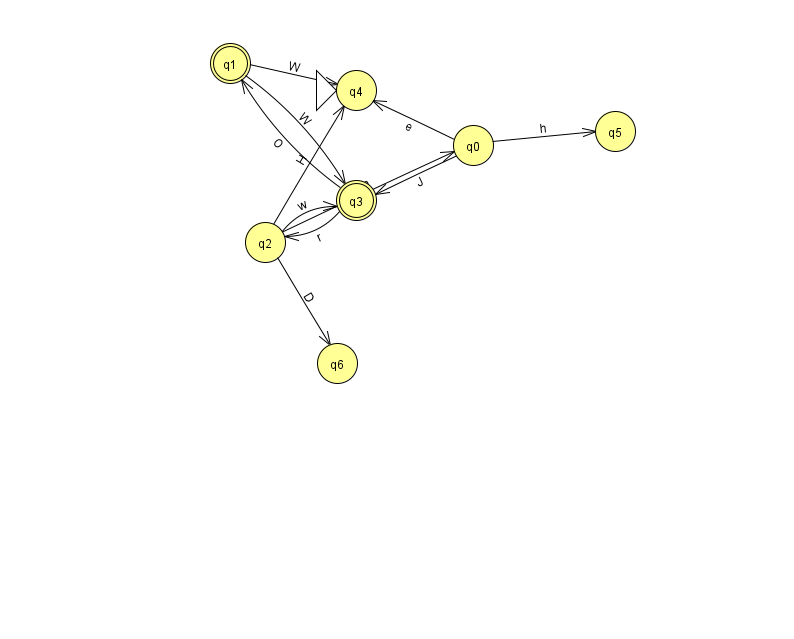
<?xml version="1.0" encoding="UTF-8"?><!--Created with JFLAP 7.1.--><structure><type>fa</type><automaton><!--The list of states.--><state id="0" name="q0"><x>473.0</x><y>132.0</y></state><state id="1" name="q1"><x>230.0</x><y>50.0</y><final/></state><state id="2" name="q2"><x>265.0</x><y>229.0</y></state><state id="3" name="q3"><x>356.0</x><y>187.0</y><final/></state><state id="4" name="q4"><x>356.0</x><y>77.0</y><initial/></state><state id="5" name="q5"><x>615.0</x><y>118.0</y></state><state id="6" name="q6"><x>337.0</x><y>350.0</y></state><!--The list of transitions.--><transition><from>0</from><to>4</to><read>e</read></transition><transition><from>2</from><to>4</to><read>H</read></transition><transition><from>3</from><to>1</to><read>O</read></transition><transition><from>2</from><to>0</to><read>m</read></transition><transition><from>0</from><to>5</to><read>h</read></transition><transition><from>1</from><to>4</to><read>W</read></transition><transition><from>1</from><to>3</to><read>W</read></transition><transition><from>3</from><to>2</to><read>r</read></transition><transition><from>0</from><to>3</to><read>J</read></transition><transition><from>2</from><to>6</to><read>D</read></transition><transition><from>2</from><to>3</to><read>w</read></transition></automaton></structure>